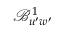
\mathcal { B } _ { u ^ { \prime } w ^ { \prime } } ^ { 1 }